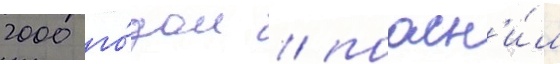
2000 го́дом / поасн'и́л